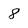
Character: 8